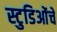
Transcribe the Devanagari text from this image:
स्टुडिओंचे